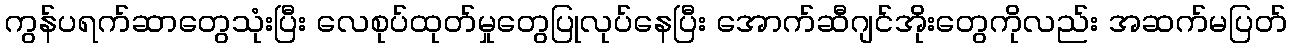
ကွန်ပရက်ဆာတွေသုံးပြီး လေစုပ်ထုတ်မှုတွေပြုလုပ်နေပြီး အောက်ဆီဂျင်အိုးတွေကိုလည်း အဆက်မပြတ်